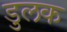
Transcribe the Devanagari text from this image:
डुलक